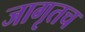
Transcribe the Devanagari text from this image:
जागृतच